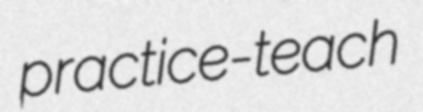
practice-teach